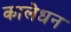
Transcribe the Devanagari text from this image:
कालेधन